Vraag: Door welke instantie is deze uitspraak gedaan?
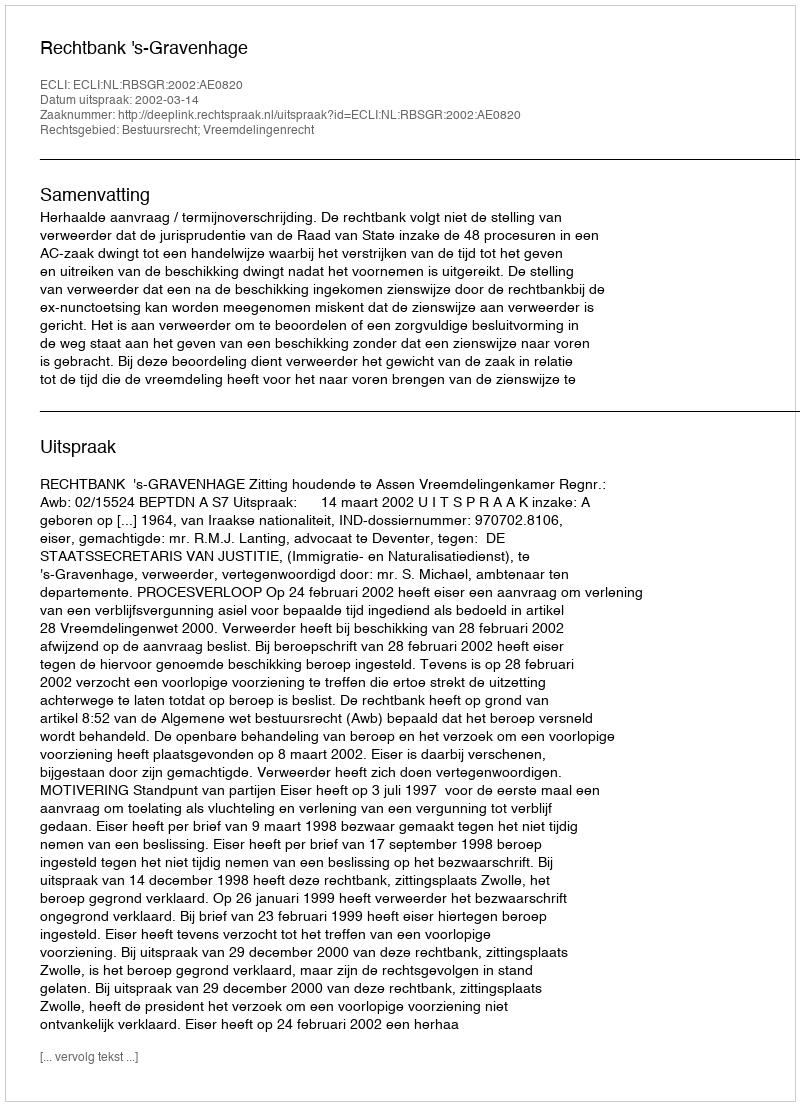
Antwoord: Rechtbank 's-Gravenhage